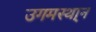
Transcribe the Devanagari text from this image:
उगमस्था्न